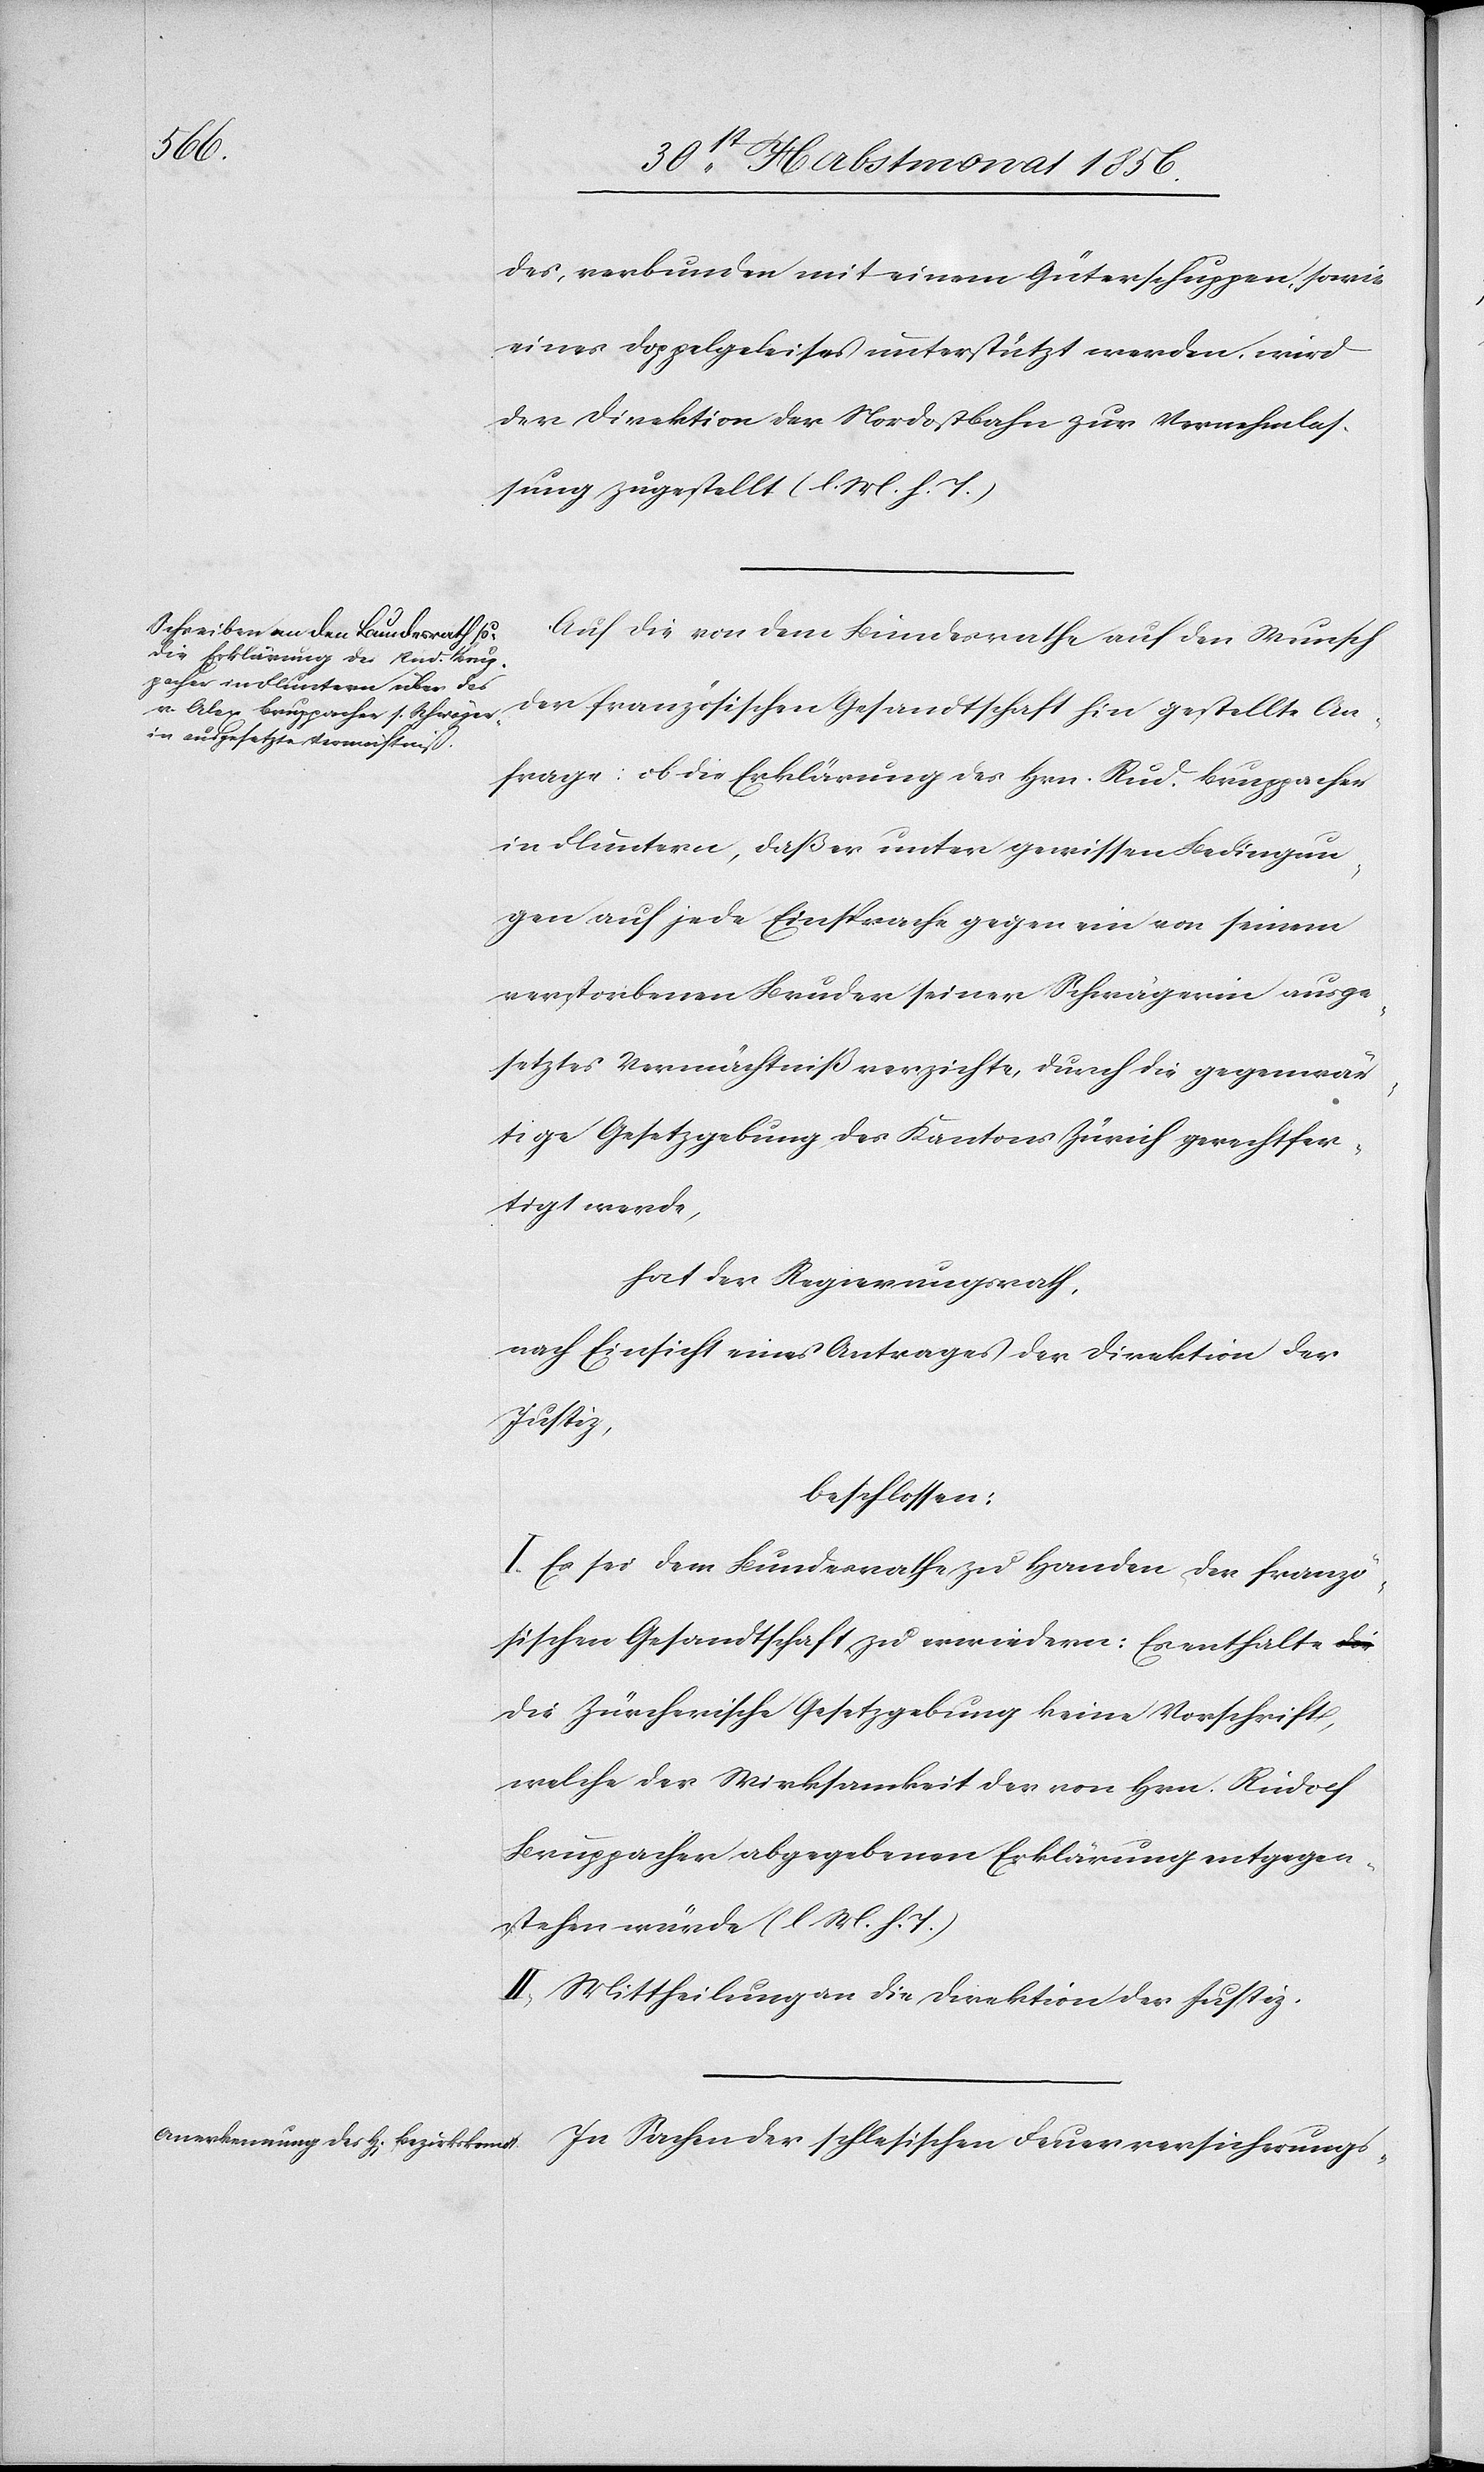
des, verbunden mit einem Güterschuppen, sowie
eines Doppelgeleises unterstützt werden, wird
der Direktion der Nordostbahn zur Vernehmlas¬
sung zugestellt. (l. M. h. T.)
Auf die von dem Bundesrathe auf den Wunsch
der französischen Gesandtschaft hin gestellte An¬
frage: ob die Erklärung des Hrn. Rud. Bruppacher
in Fluntern, daß er unter gewissen Bedingun¬
gen auf jede Einsprache gegen ein von seinem
verstorbenen Bruder seiner Schwägerin ausge¬
setztes Vermächtniß verzichte, durch die gegenwär¬
tige Gesetzgebung des Kantons Zürich gerechtfer¬
tigt werde,
hat der Regierungsrath,
nach Einsicht eines Antrages der Direktion der
Justiz,
beschlossen:
I. Es sei dem Bundesrathe zu Handen der franzö¬
sischen Gesandtschaft zu erwiedern: Es enthalte d¬
ie Zürcherische Gesetzgebung keine Vorschrift,
welche der Wirksamkeit der von Hrn. Rudolf
Bruppacher abgegebenen Erklärung entgegen¬
stehen würde. (l M. h. T.)
II. Mittheilung an die Direktion der Justiz.
In Sachen der schlesischen Feuerversicherungs-